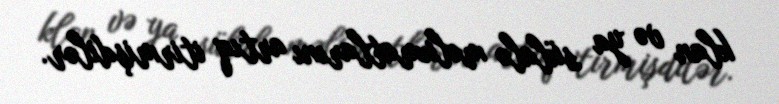
klan və ya sülalə məlumatlarını artıq itirmişdilər.